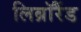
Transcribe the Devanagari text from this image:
लिब्रॉरैंड